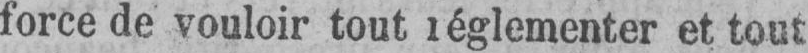
force de vouloir tout réglementer et tout